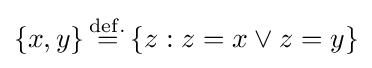
\left\{x,y\right\}{\overset {\mathrm {def.} }{=}}\left\{z:z=x\vee z=y\right\}